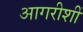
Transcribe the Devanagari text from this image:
आगरीशीं